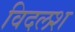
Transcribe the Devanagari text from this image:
विदलश